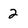
Character: 2